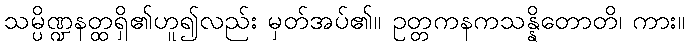
သမ္ပိဏ္ဍနတ္ထရှိ၏ဟူ၍လည်း မှတ်အပ်၏။ ဥတ္တကနကသန္နိတောတိ၊ ကား။